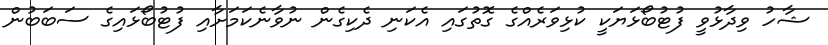
ޝާހު ވިދާޅުވީ ފުޓުބޯޅަޔަކީ ކުޅިވަރެއްގެ ގޮތުގައި އެކަނި ދެކިގެން ނުވާނެކަމަށާއި ފުޓުބޯޅައިގެ ސަބަބުން